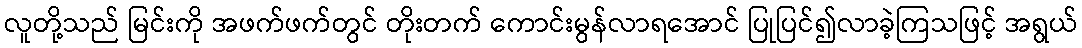
လူတို့သည် မြင်းကို အဖက်ဖက်တွင် တိုးတက် ကောင်းမွန်လာရအောင် ပြုပြင်၍လာခဲ့ကြသဖြင့် အရွယ်